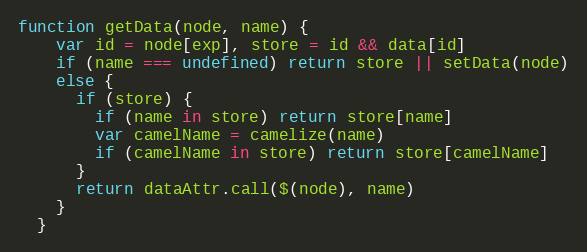
Language: JavaScript
function getData(node, name) {
    var id = node[exp], store = id && data[id]
    if (name === undefined) return store || setData(node)
    else {
      if (store) {
        if (name in store) return store[name]
        var camelName = camelize(name)
        if (camelName in store) return store[camelName]
      }
      return dataAttr.call($(node), name)
    }
  }